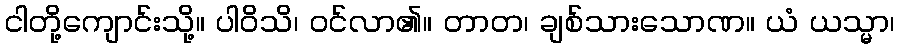
ငါတို့ကျောင်းသို့။ ပါဝိသိ၊ ဝင်လာ၏။ တာတ၊ ချစ်သားသောဏ။ ယံ ယသ္မာ၊